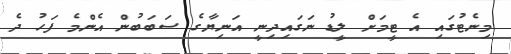
މިނެޓުގައި އެ ޓީމަށް ލީޑު ނަގައިދިނީ އަނިޔާގެ ސަބަބުން އެންމެ ފަހު ދެ